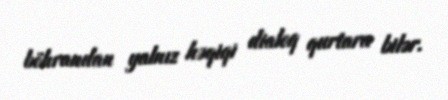
böhrandan yalnız həqiqi dialoq qurtara bilər.